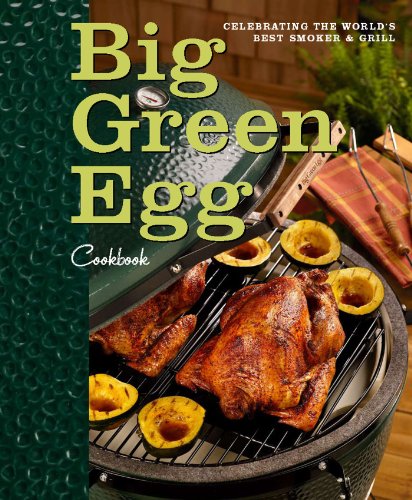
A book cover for Big Green Egg Cookbook: Celebrating the Ultimate Cooking Experience; Big Green Egg; Cookbooks, Food & Wine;